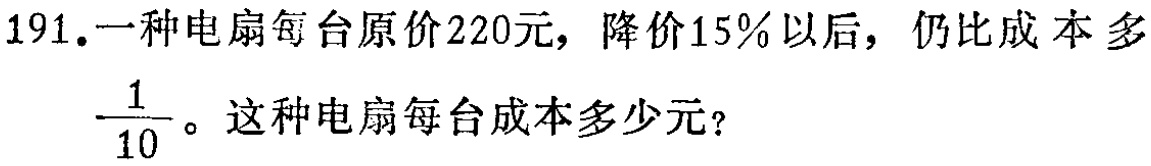
191.一种电扇每台原价220元，降价15%以后，仍比成本多$\dfrac{1}{10}$。这种电扇每台成本多少元？